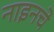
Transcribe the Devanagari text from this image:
नाइनचे